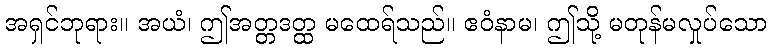
အရှင်ဘုရား။ အယံ၊ ဤအတ္တဒတ္ထ မထေရ်သည်။ ဧဝံနာမ၊ ဤသို့ မတုန်မလှုပ်သော